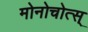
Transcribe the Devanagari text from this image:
मोनोचोत्स्